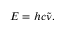
E = h c { \tilde { \nu } } .